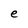
Character: e